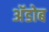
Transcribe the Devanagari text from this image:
अॅडोब